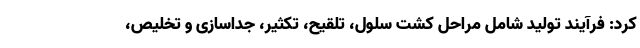
کرد: فرآیند تولید شامل مراحل کشت سلول، تلقیح، تکثیر، جداسازی و تخلیص،